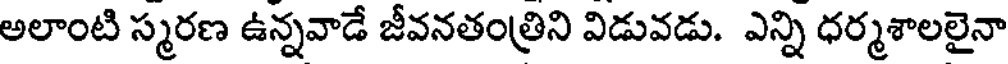
అలాంటి స్మరణ ఉన్నవాడే జీవనతంత్రిని విడువడు. ఎన్ని ధర్మశాలలైనా